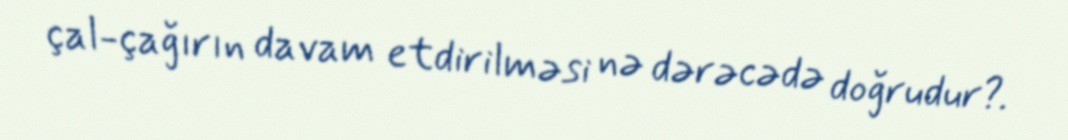
çal-çağırın davam etdirilməsi nə dərəcədə doğrudur?.